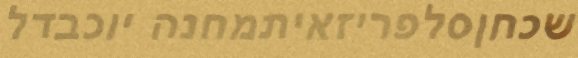
שכחןסלפריזאיתמחנה יוכבדל